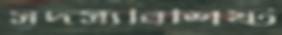
সদস্যবিশিষ্ট